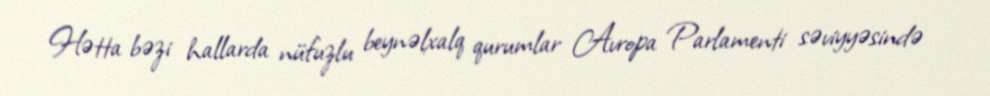
Hətta bəzi hallarda nüfuzlu beynəlxalq qurumlar Avropa Parlamenti səviyyəsində